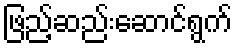
ဖြည့်ဆည်းဆောင်ရွက်